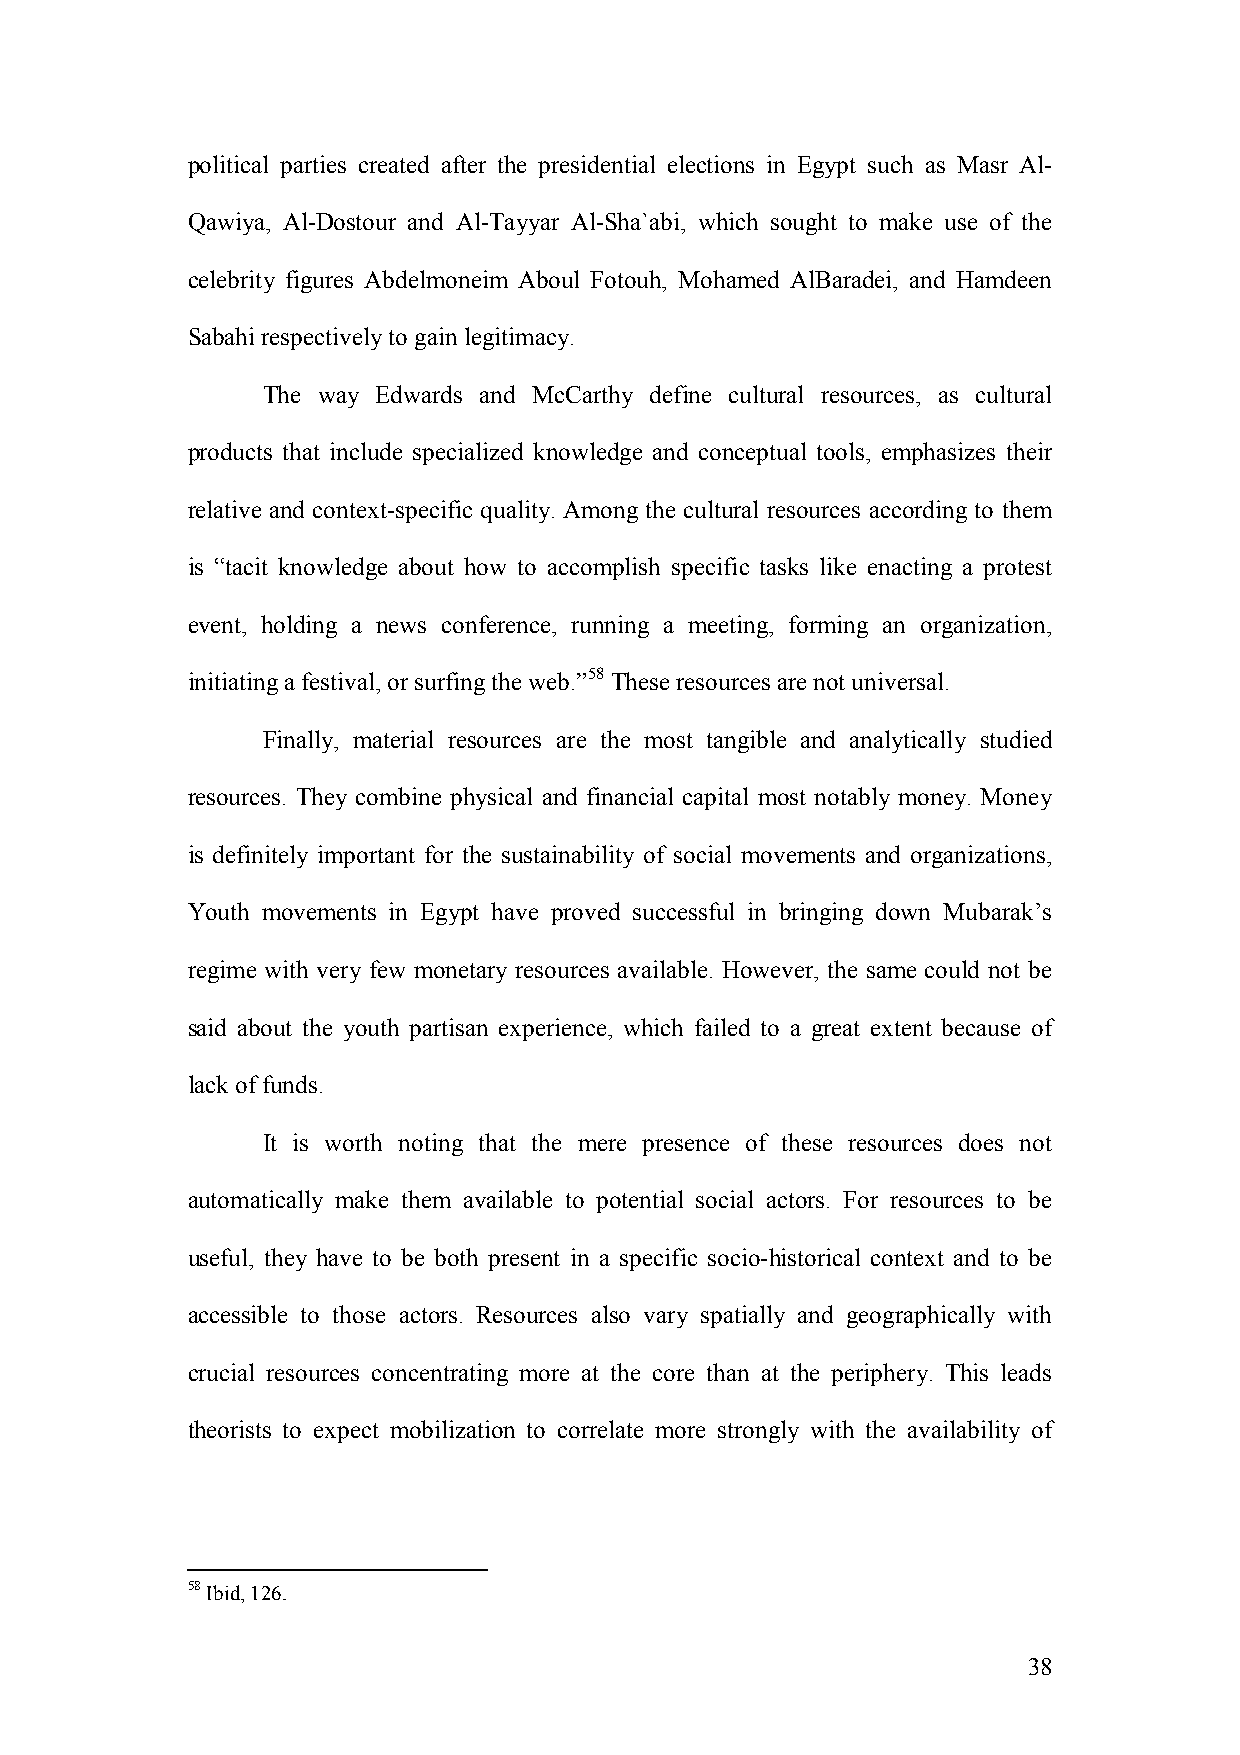
political parties created after the presidential elections in Egypt such as Masr Al-
 Qawiya, Al-Dostour and Al-Tayyar Al-Sha`abi, which sought to make use of the
 celebrity figures Abdelmoneim Aboul Fotouh, Mohamed AlBaradei, and Hamdeen
 Sabahi respectively to gain legitimacy.
 The way Edwards and McCarthy define cultural resources, as cultural
 products that include specialized knowledge and conceptual tools, emphasizes their
 relative and context-specific quality. Among the cultural resources according to them
 is “tacit knowledge about how to accomplish specific tasks like enacting a protest
 event, holding a news conference, running a meeting, forming an organization,
 initiating a festival, or surfing the web.”58 These resources are not universal.
 Finally, material resources are the most tangible and analytically studied
 resources. They combine physical and financial capital most notably money. Money
 is definitely important for the sustainability of social movements and organizations,
 Youth movements in Egypt have proved successful in bringing down Mubarak’s
 regime with very few monetary resources available. However, the same could not be
 said about the youth partisan experience, which failed to a great extent because of
 lack of funds.
 It is worth noting that the mere presence of these resources does not
 automatically make them available to potential social actors. For resources to be
 useful, they have to be both present in a specific socio-historical context and to be
 accessible to those actors. Resources also vary spatially and geographically with
 crucial resources concentrating more at the core than at the periphery. This leads
 theorists to expect mobilization to correlate more strongly with the availability of
 58 Ibid, 126.
 38